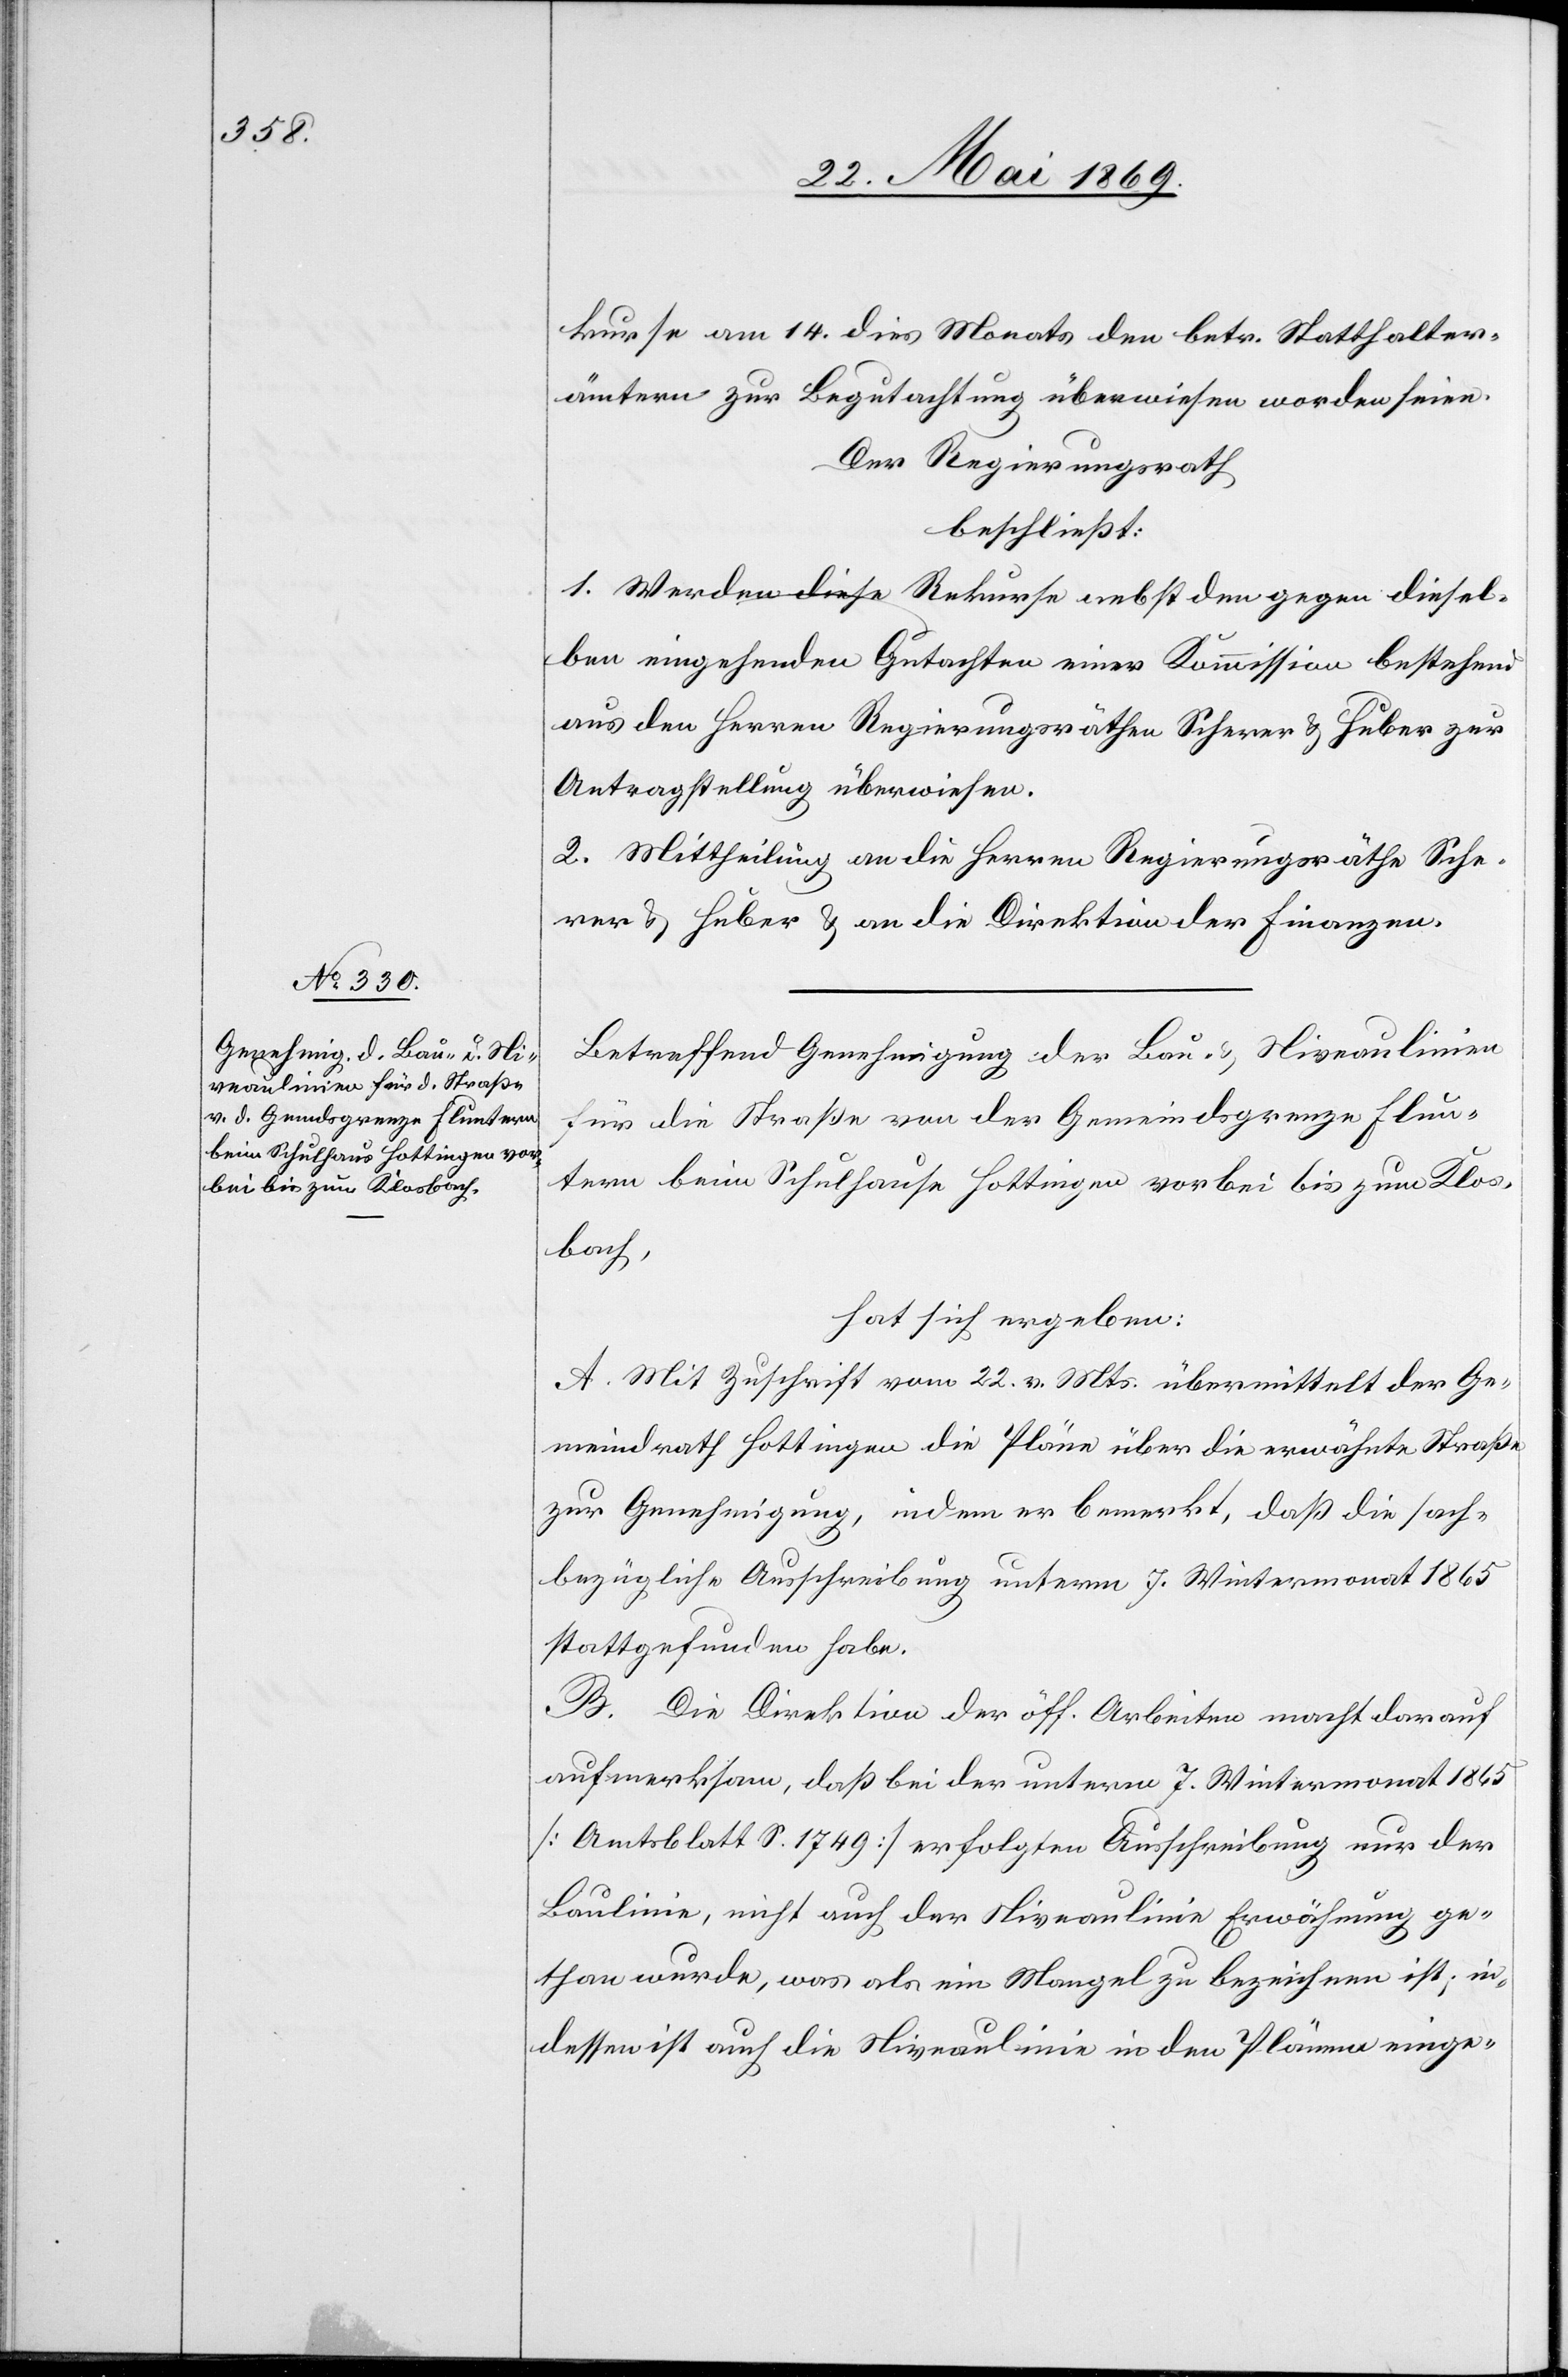
kurse am 14 dies Monats den betr. Statthalter¬
ämtern zur Begutachtung überwiesen worden seien.
Der Regierungsrath
beschließt:
1. Werden diese Rekurse nebst den gegen diesel¬
ben eingehenden Gutachten einer Kommission bestehend
aus den Herren Regierungsräthen Scherer u. Huber zur
Antragstellung überwiesen.
2. Mittheilung an die Herren Regierungsräthe Sche¬
rer u. Huber u. an die Direktion der Finanzen.